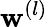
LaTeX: \mathbf{w}^{(l)}